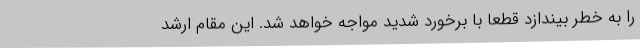
را به خطر بیندازد قطعاً با برخورد شدید مواجه خواهد شد. این مقام ارشد